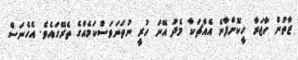
ޒާތުން ހާޖަރާ ހީކޮށްފާނެ އެއްޗަކާ މެދު އޭނަ ހުރީ ނުތަނަވަސްކަމެއްގެ ތެރޭގައެވެ. އެހެނަސް